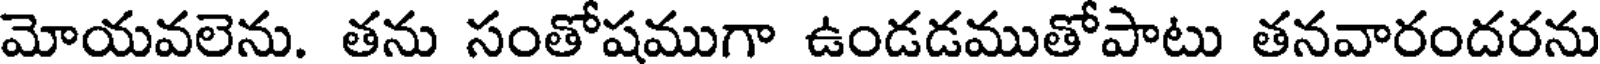
మోయవలెను. తను సంతోషముగా ఉండడముతోపాటు తనవారందరను